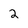
Character: 2